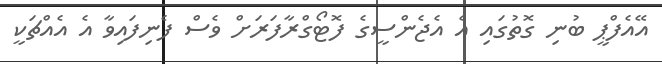
އޭއެފްޕީ ބުނި ގޮތުގައި އެ އެޖެންސީގެ ފޮޓޯގްރާފަރަށް ވެސް ފެނިފައިވާ އެ އެއްޗަކީ